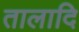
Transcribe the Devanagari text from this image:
तालादि